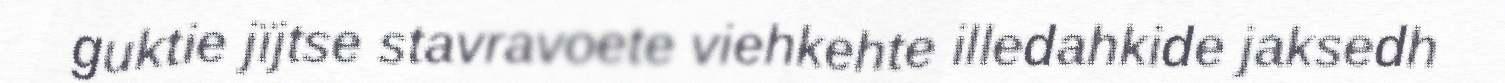
guktie jïjtse stavravoete viehkehte illedahkide jaksedh